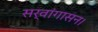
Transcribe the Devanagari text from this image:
सर्वांगासन।